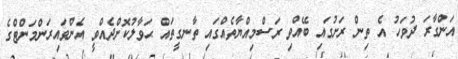
އަންގާރަ ދުވަހު އެ ތިން ރަށުގައި ބޭއްވި ރަސްމިއްޔާތެއްގައި ތާނގީތައް ޙަވާލުކޮށްދެއްވީ އެންވައިރަންމަންޓްގެ